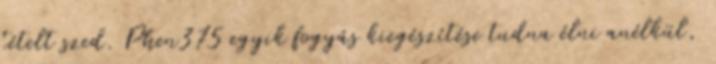
tételt szed. Phen375 egyik fogyás kiegészítése tudna élni anélkül,